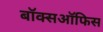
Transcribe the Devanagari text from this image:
बॉक्सऑफिस